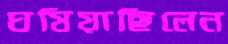
ঘষিয়াছিলেন